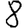
Digit: 8